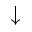
\downarrow